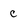
Character: c